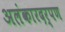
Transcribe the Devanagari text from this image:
अलंकारदर्पण